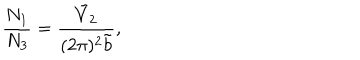
\frac { N _ { 1 } } { N _ { 3 } } = \frac { \tilde { V } _ { 2 } } { ( 2 \pi ) ^ { 2 } \tilde { b } } ,